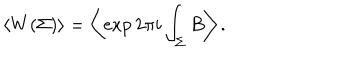
\left< W ( \Sigma ) \right> = \left< \exp 2 \pi i \int _ { \Sigma } B \right> .